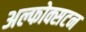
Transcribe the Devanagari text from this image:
अल्फोक्सटन